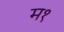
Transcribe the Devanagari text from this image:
म१